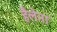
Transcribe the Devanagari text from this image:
हैलेना